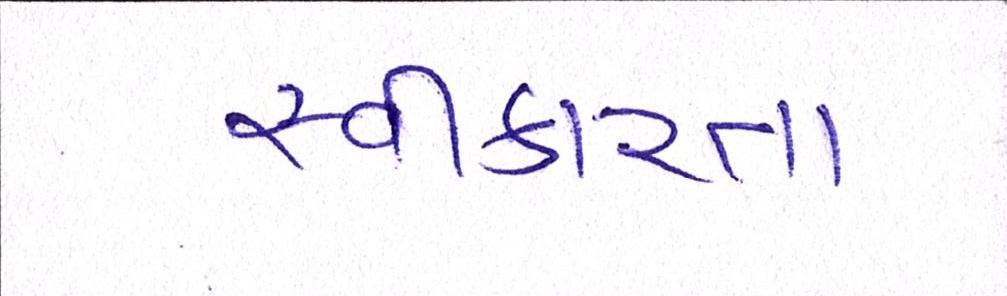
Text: સ્વીકારતા